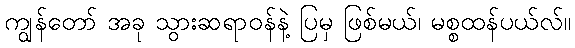
ကျွန်တော် အခု သွားဆရာဝန်နဲ့ ပြမှ ဖြစ်မယ်၊ မစ္စထန်ပယ်လ်။